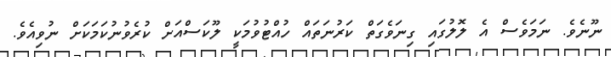
ނޫނެވެ. ނަމަވެސް އެ ލޮލުގައި ގިނަވެގަތް ކަރުނަތައް ހުއްޓުވުމަކީ ލޫކަސްއަށް ކުރެވުނުކަމަކަށް ނުވިއެވެ.